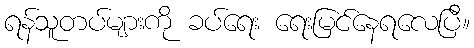
ရန်သူတပ်များကို ခပ်ရေး ရေးမြင်နေရလေပြီ။